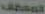
لمصحف